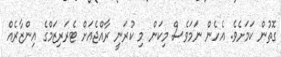
ގޮތުން ކަމަށެވެ. އެހެން ނަމަވެސް މިކަން މި ކުރަނީ ރާއްޖެއަށް ޓެރަރިޒަމްގެ އިންޒާރެއް